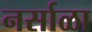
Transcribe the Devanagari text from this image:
नर्साळा